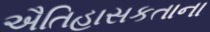
ઐતિહાસકતાના